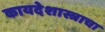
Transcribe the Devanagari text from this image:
कायदेशास्त्राचा